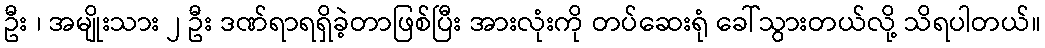
ဦး ၊ အမျိုးသား ၂ ဦး ဒဏ်ရာရရှိခဲ့တာဖြစ်ပြီး အားလုံးကို တပ်ဆေးရုံ ခေါ်သွားတယ်လို့ သိရပါတယ်။